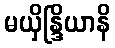
မယှိန္ဒြိယာနိ